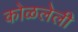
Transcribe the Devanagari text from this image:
कोळलेली